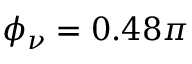
\phi _ { \nu } = 0 . 4 8 \pi